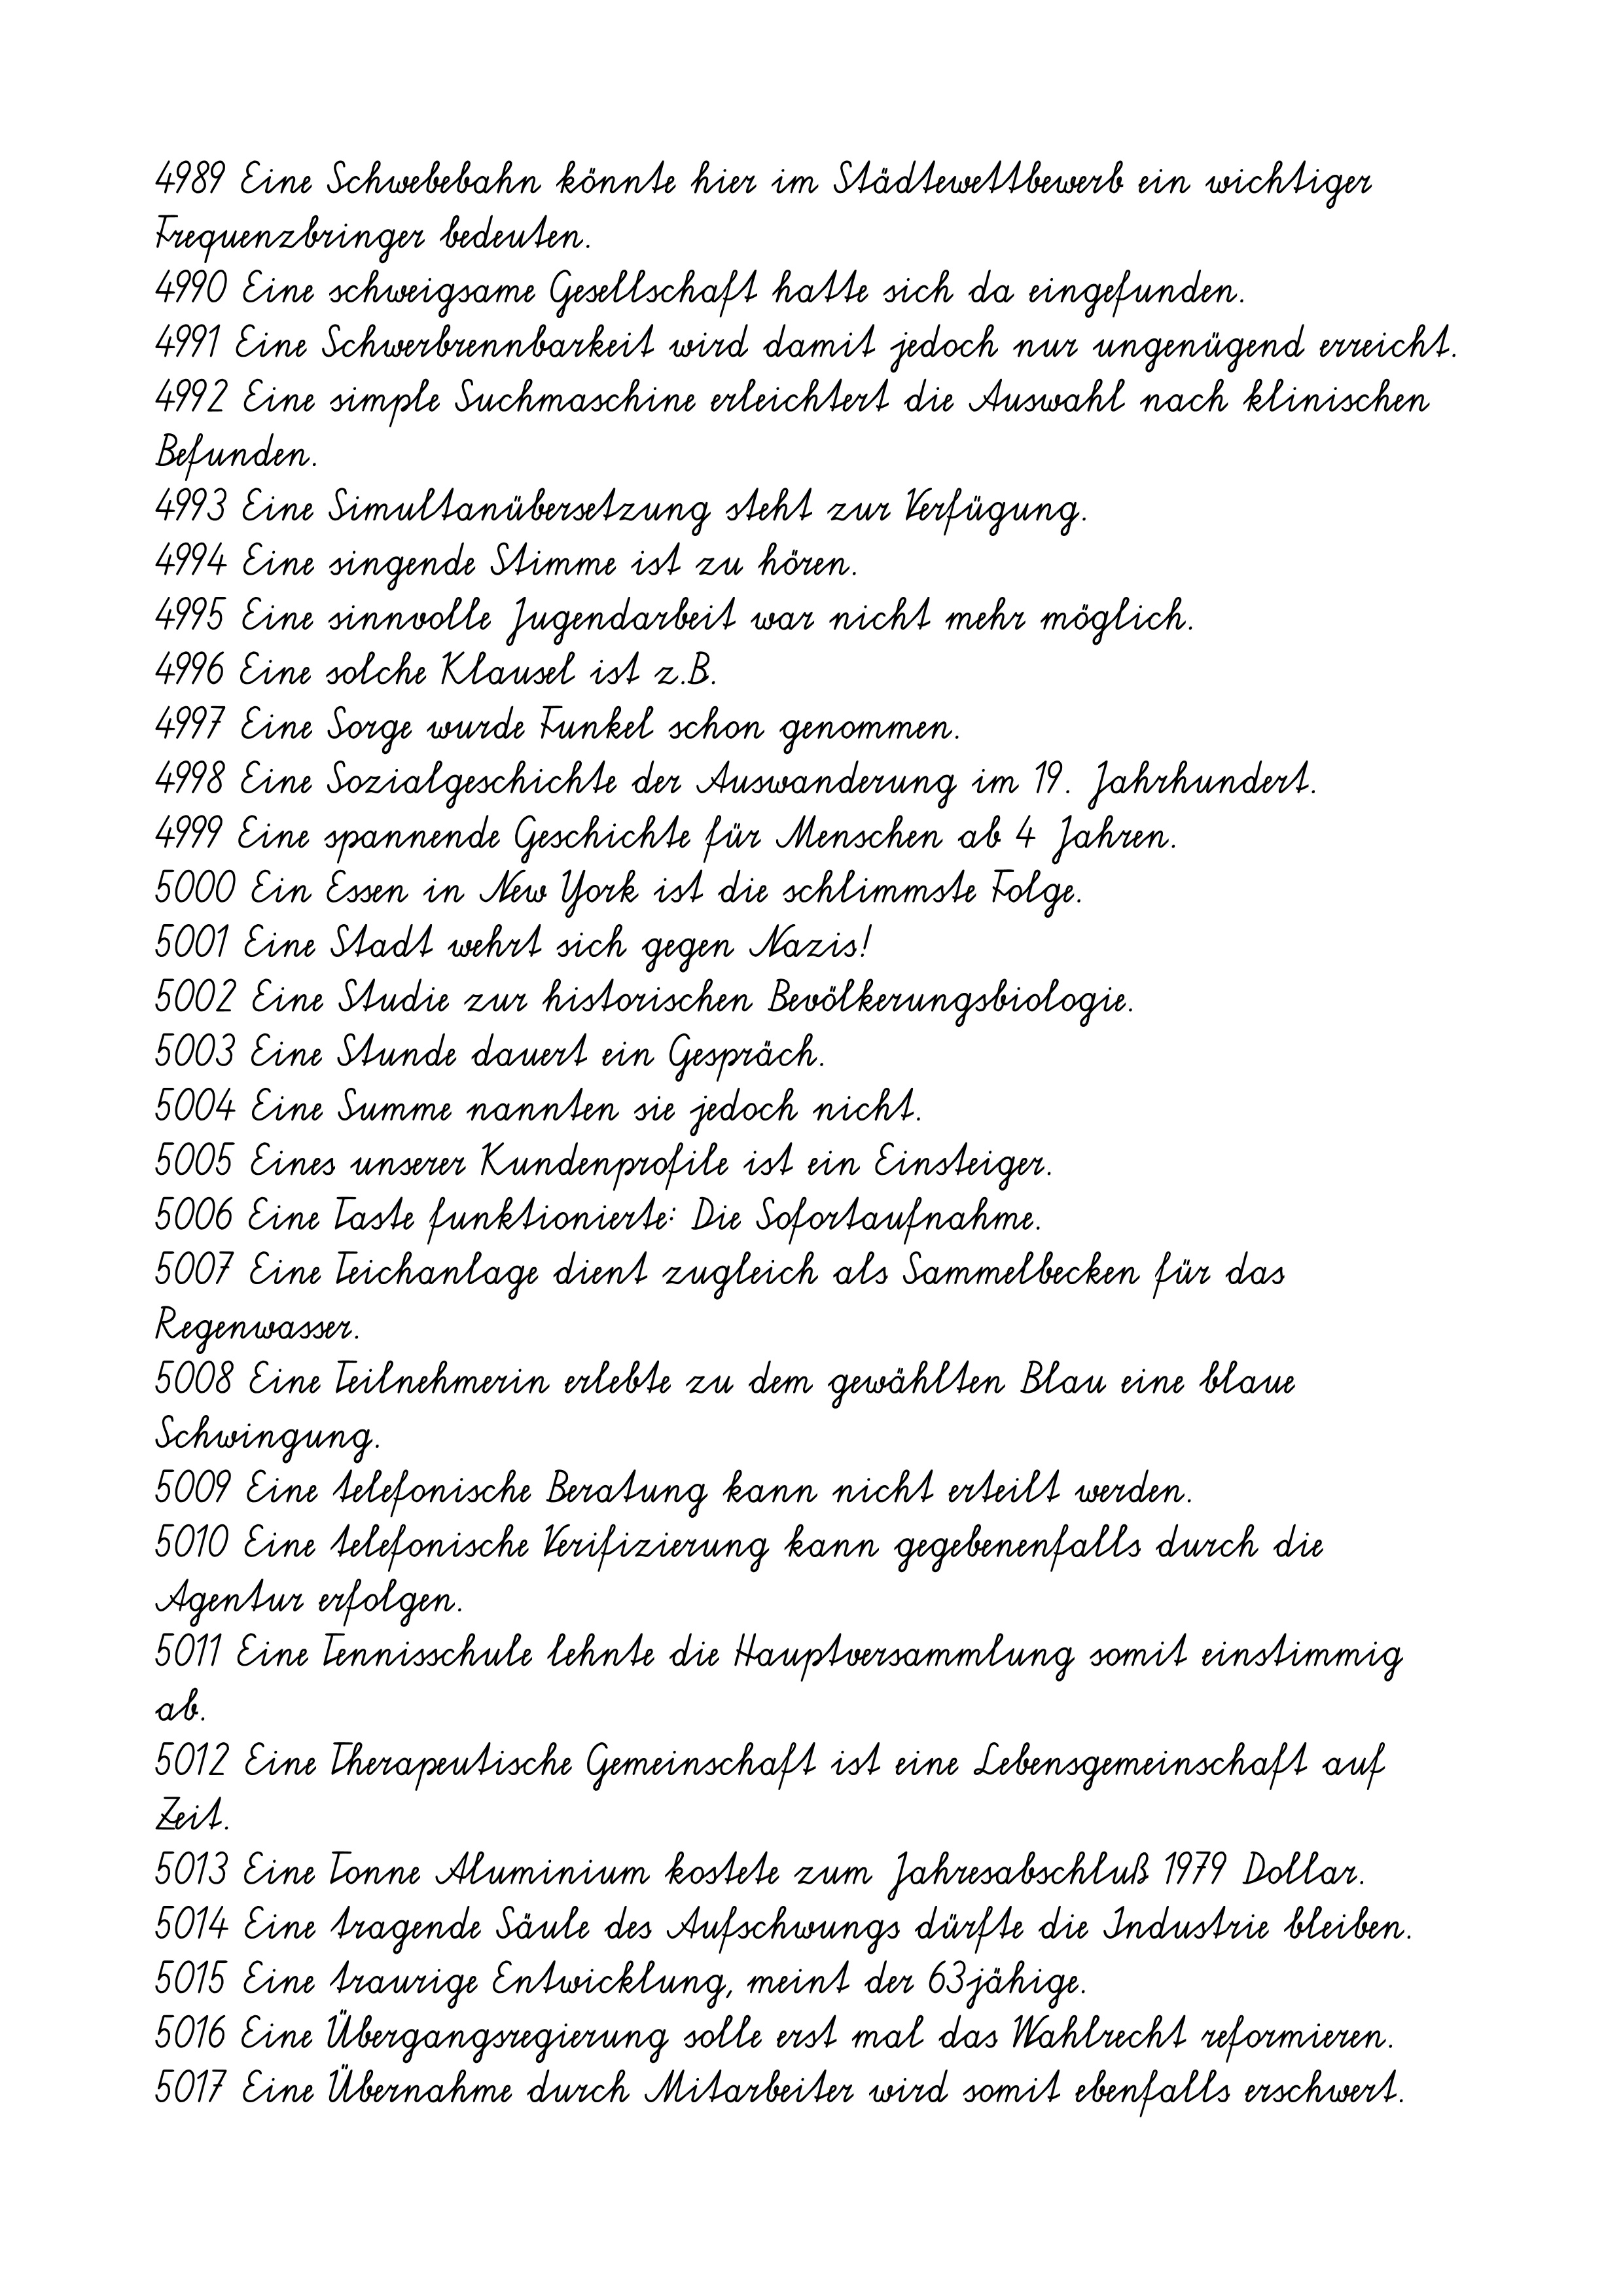
4989 Eine Schwebebahn könnte hier im Städtewettbewerb ein wichtiger
Frequenzbringer bedeuten.
4990 Eine schweigsame Gesellschaft hatte sich da eingefunden.
4991 Eine Schwerbrennbarkeit wird damit jedoch nur ungenügend erreicht.
4992 Eine simple Suchmaschine erleichtert die Auswahl nach klinischen
Befunden.
4993 Eine Simultanübersetzung steht zur Verfügung.
4994 Eine singende Stimme ist zu hören.
4995 Eine sinnvolle Jugendarbeit war nicht mehr möglich.
4996 Eine solche Klausel ist z.B.
4997 Eine Sorge wurde Funkel schon genommen.
4998 Eine Sozialgeschichte der Auswanderung im 19. Jahrhundert.
4999 Eine spannende Geschichte für Menschen ab 4 Jahren.
5000 Ein Essen in New York ist die schlimmste Folge.
5001 Eine Stadt wehrt sich gegen Nazis!
5002 Eine Studie zur historischen Bevölkerungsbiologie.
5003 Eine Stunde dauert ein Gespräch.
5004 Eine Summe nannten sie jedoch nicht.
5005 Eines unserer Kundenprofile ist ein Einsteiger.
5006 Eine Taste funktionierte: Die Sofortaufnahme.
5007 Eine Teichanlage dient zugleich als Sammelbecken für das
Regenwasser.
5008 Eine Teilnehmerin erlebte zu dem gewählten Blau eine blaue
Schwingung.
5009 Eine telefonische Beratung kann nicht erteilt werden.
5010 Eine telefonische Verifizierung kann gegebenenfalls durch die
Agentur erfolgen.
5011 Eine Tennisschule lehnte die Hauptversammlung somit einstimmig
ab.
5012 Eine Therapeutische Gemeinschaft ist eine Lebensgemeinschaft auf
Zeit.
5013 Eine Tonne Aluminium kostete zum Jahresabschluß 1979 Dollar.
5014 Eine tragende Säule des Aufschwungs dürfte die Industrie bleiben.
5015 Eine traurige Entwicklung, meint der 63jähige.
5016 Eine Übergangsregierung solle erst mal das Wahlrecht reformieren.
5017 Eine Übernahme durch Mitarbeiter wird somit ebenfalls erschwert.